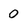
Character: 0